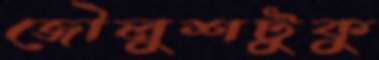
জৌলুশটুকু